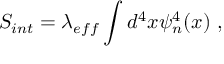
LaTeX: S _ { i n t } = \lambda _ { e f f } \int d ^ { 4 } x \psi _ { n } ^ { 4 } ( x ) ~ ,